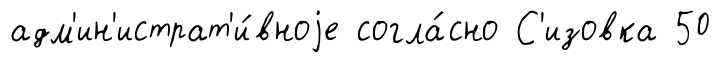
адм'ин'истрат'и́вноjе согла́сно С'изовка 50